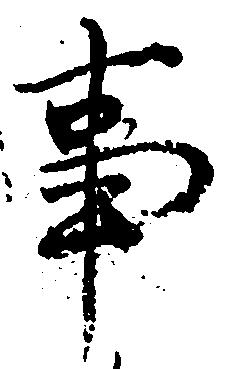
事